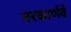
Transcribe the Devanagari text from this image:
नरकार्णवे